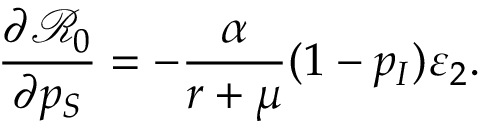
\frac { \partial \mathcal { R } _ { 0 } } { \partial p _ { S } } = - \frac { \alpha } { r + \mu } ( 1 - p _ { I } ) \varepsilon _ { 2 } .